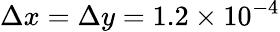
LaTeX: \Delta x=\Delta y=1.2\times 10^{-4}